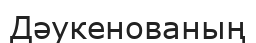
Дәукенованың